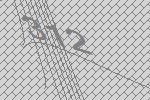
312